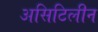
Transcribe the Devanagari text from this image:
असिटिलीन